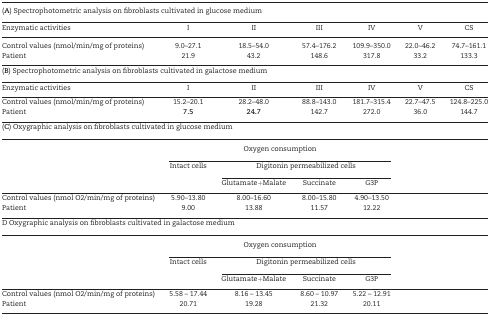
<table><thead><tr><td colspan="7"><b>(A) Spectrophotometric analysis on fibroblasts cultivated in glucose medium</b></td></tr><tr><td><b>Enzymatic activities</b></td><td><b>I</b></td><td><b>II</b></td><td><b>III</b></td><td><b>IV</b></td><td><b>V</b></td><td><b>CS</b></td></tr></thead><tbody><tr><td>Control values (nmol/min/mg of proteins)</td><td>9.0–27.1</td><td>18.5–54.0</td><td>57.4–176.2</td><td>109.9–350.0</td><td>22.0–46.2</td><td>74.7–161.1</td></tr><tr><td>Patient</td><td>21.9</td><td>43.2</td><td>148.6</td><td>317.8</td><td>33.2</td><td>133.3</td></tr><tr><td colspan="7">(<b>B</b>) Spectrophotometric analysis on fibroblasts cultivated in galactose medium</td></tr><tr><td>Enzymatic activities</td><td>I</td><td>II</td><td>III</td><td>IV</td><td>V</td><td>CS</td></tr><tr><td>Control values (nmol/min/mg of proteins)</td><td>15.2–20.1</td><td>28.2–48.0</td><td>88.8–143.0</td><td>181.7–315.4</td><td>22.7–47.5</td><td>124.8–225.0</td></tr><tr><td>Patient</td><td><b>7.5</b></td><td><b>24.7</b></td><td>142.7</td><td>272.0</td><td>36.0</td><td>144.7</td></tr><tr><td colspan="7">(<b>C</b>) Oxygraphic analysis on fibroblasts cultivated in glucose medium</td></tr><tr><td></td><td colspan="4">Oxygen consumption</td></tr><tr><td></td><td>Intact cells</td><td colspan="3">Digitonin permeabilized cells</td></tr><tr><td></td><td></td><td>Glutamate+Malate</td><td>Succinate</td><td>G3P</td></tr><tr><td>Control values (nmol O2/min/mg of proteins)</td><td>5.90–13.80</td><td>8.00–16.60</td><td>8.00–15.80</td><td>4.90–13.50</td></tr><tr><td>Patient</td><td>9.00</td><td>13.88</td><td>11.57</td><td>12.22</td></tr><tr><td colspan="7">D Oxygraphic analysis on fibroblasts cultivated in galactose medium</td></tr><tr><td></td><td colspan="4">Oxygen consumption</td></tr><tr><td></td><td>Intact cells</td><td colspan="3">Digitonin permeabilized cells</td></tr><tr><td></td><td></td><td>Glutamate+Malate</td><td>Succinate</td><td>G3P</td></tr><tr><td>Control values (nmol O2/min/mg of proteins)</td><td>5.58 – 17.44</td><td>8.16 – 13.45</td><td>8.60 – 10.97</td><td>5.22 – 12.91</td></tr><tr><td>Patient</td><td>20.71</td><td>19.28</td><td>21.32</td><td>20.11</td></tr></tbody></table>